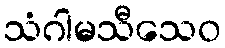
သံဂါမသီသေဝ